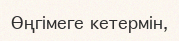
Өңгімеге кетермін,